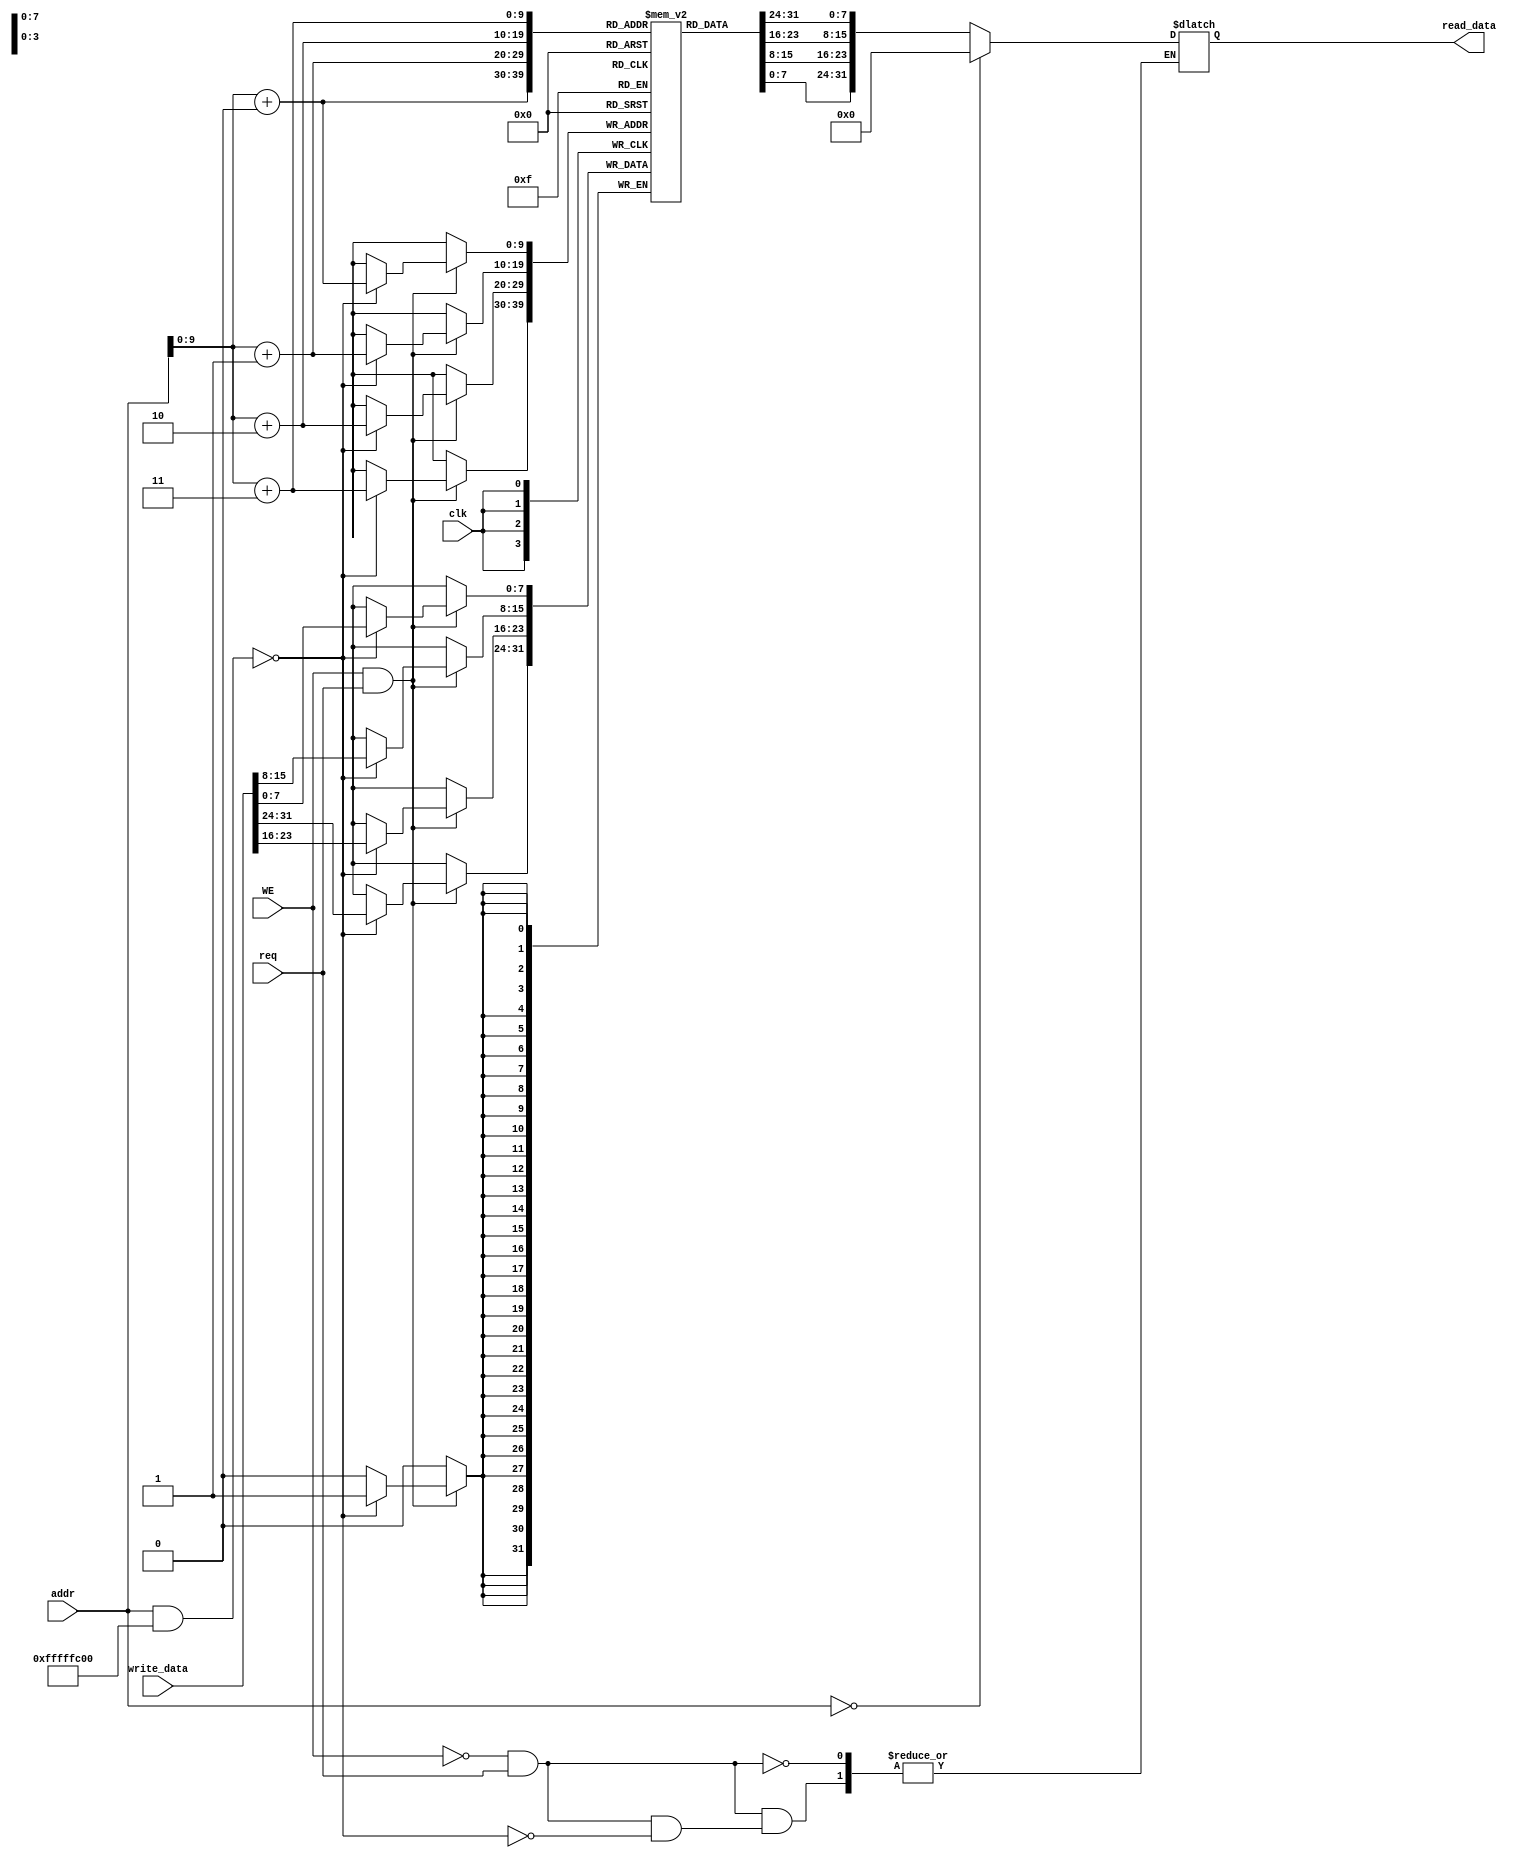
`timescale 1ns / 1ps
//////////////////////////////////////////////////////////////////////////////////
// Company: 
// Engineer: 
// 
// Design Name: 
// Module Name: data_mem
// Project Name: 
// Target Devices: 
// Tool Versions: 
// Description: 
// 
// Dependencies: 
// 
// Revision:
// Revision 0.01 - File Created
// Additional Comments:
// 
//////////////////////////////////////////////////////////////////////////////////


module data_mem(
    input req,
    input clk,
    input WE,
    input [31:0] addr,
    input [31:0] write_data,
    output reg [31:0] read_data
    );
    
    reg [7:0] RAM [0:1023];
  
always @ (*)
    begin
        if(!WE && req)begin
            if ((addr & 32'hffff_fc00) == 0)
            read_data = addr == 0 ? 0 : {RAM[addr+3],RAM[addr+2],RAM[addr+1],RAM[addr+0]};
        end
    end
    
always @ (posedge clk)
    begin
        if(WE && req)begin
            if ((addr & 32'hffff_fc00) == 0)
                {RAM[addr+3],RAM[addr+2],RAM[addr+1],RAM[addr+0]} <= write_data;
        end
    end
    
endmodule